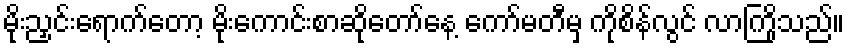
မိုးညှင်းရောက်တော့ မိုးကောင်းစာဆိုတော်နေ့ ကော်မတီမှ ကိုစိန်လွင် လာကြိုသည်။